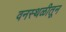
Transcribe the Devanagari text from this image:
वनस्थळीतून